Document type: Sale
Year: 1290
Scribe: Miquel Rotllan
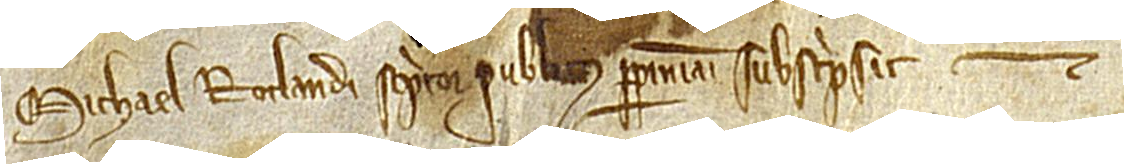
Michael Rotlandi, scriptor publicus Perpiniani, subscripsit et